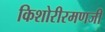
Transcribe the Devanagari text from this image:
किशोरीरमणजी